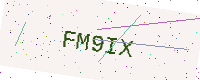
Text: FM9IX